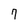
Character: 7